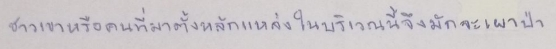
ชาวเขาหรือคนที่มาตั้งหลักแหล่งในบริเวณนี้จึงมักจะเผาป่า